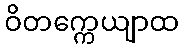
ဝိတက္ကေယျာထ